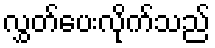
လွှတ်ပေးလိုက်သည်